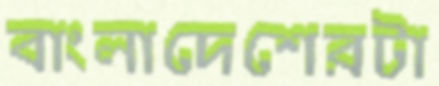
বাংলাদেশেরটা